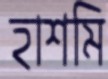
হাশমি